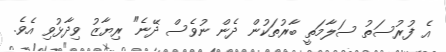
އެ ފުރުސަތު ސަލާމަތީ ބާރުތަކުން ދެން ނުވެސް ދޭނެ" ރިޔާޒު ވިދާޅުވި އެވެ.